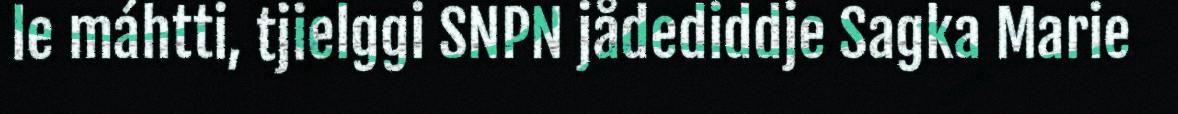
le máhtti, tjielggi SNPN jådediddje Sagka Marie